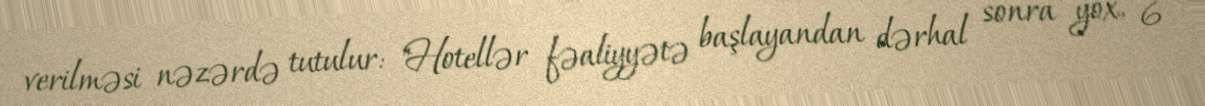
verilməsi nəzərdə tutulur: "Hotellər fəaliyyətə başlayandan dərhal sonra yox, 6